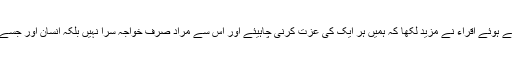
یاسر کی حمایت میں آواز اٹھاتے ہوئے اقراء نے مزید لکھا کہ ہمیں ہر ایک کی عزت کرنی چاہیئے اور اس سے مراد صرف خواجہ سرا نہیں بلکہ انسان اور جسے اللہ رکھے اسے کون چکھے۔